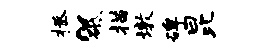
拯~砥描墩碑昆